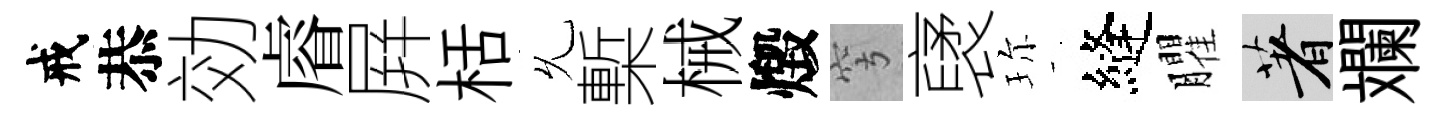
戒恭効𥈠屛栝𠃔槧械燬穹裦珎縫臞著斕